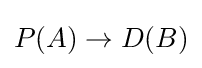
P(A)\to D(B)